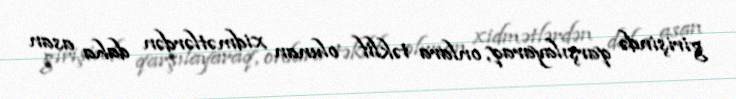
girişində qarşılayaraq, onlara təklif olunan xidmətlərdən daha asan